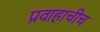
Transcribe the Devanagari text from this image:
प्रवाहाचीच